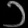
Digit: ၁